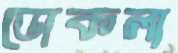
ডোকলা